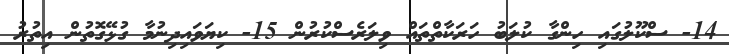
14- ސްކޫލުގައި ހިންގާ ކުލަބު ހަރަކާތްތައް ވިލަރެސްކުރުން 15- ކިޔަވައިދިނުމާ ގުޅޭގޮތުން އިތުރު